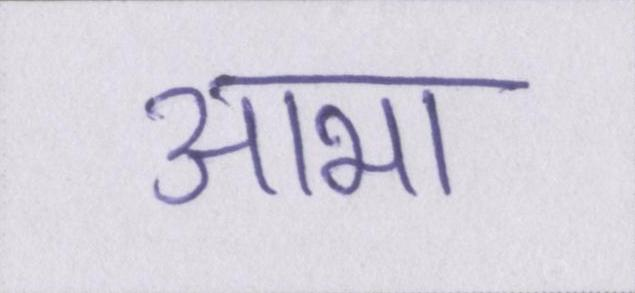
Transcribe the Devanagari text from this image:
आभा